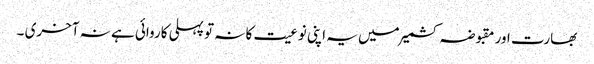
بھارت اور مقبوضہ کشمیر میں یہ اپنی نوعیت کا نہ تو پہلی کاروائی ہے نہ آخری ۔